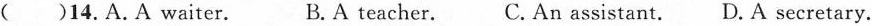
()14.A.A waiter. B.A teacher. C. An assistant. D. A secretary.